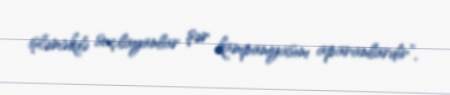
işləməkdə suçlayanlar şər kampaniyasını aparanlardır”.